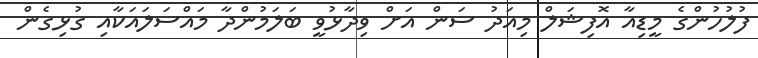
ފުލުހުންގެ މީޑިއާ އޮފިޝަލް މިއަދު ސަން އަށް ވިދާޅުވީ ބަލަމުންދާ މައްސަލައަކާއި ގުޅިގެން